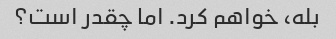
بله، خواهم کرد. اما چقدر است؟